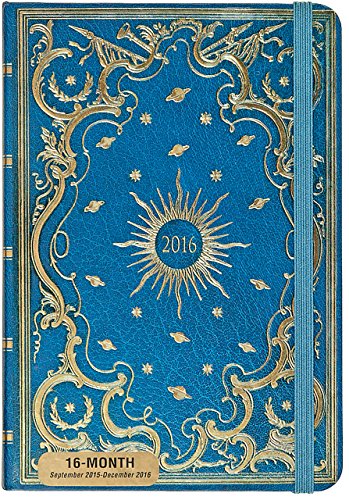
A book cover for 2016 Celestial Weekly Planner (16-Month Engagement Calendar, Diary); Peter Pauper Press; Calendars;